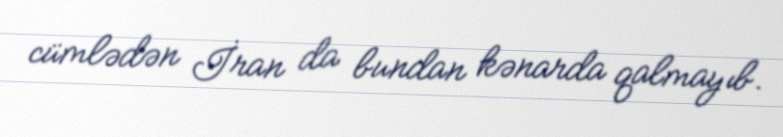
cümlədən İran da bundan kənarda qalmayıb.